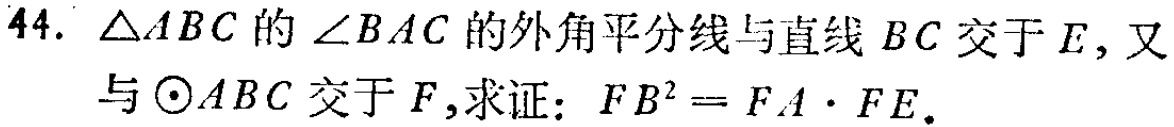
44. $\triangle ABC$ 的 $\angle BAC$ 的外角平分线与直线 $BC$ 交于 $E$，又与 $\odot ABC$ 交于 $F$，求证：$FB^{2}=FA\cdot FE$。